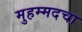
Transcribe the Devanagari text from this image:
मुहम्मदचा